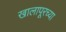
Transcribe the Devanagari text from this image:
खालापूरच्या